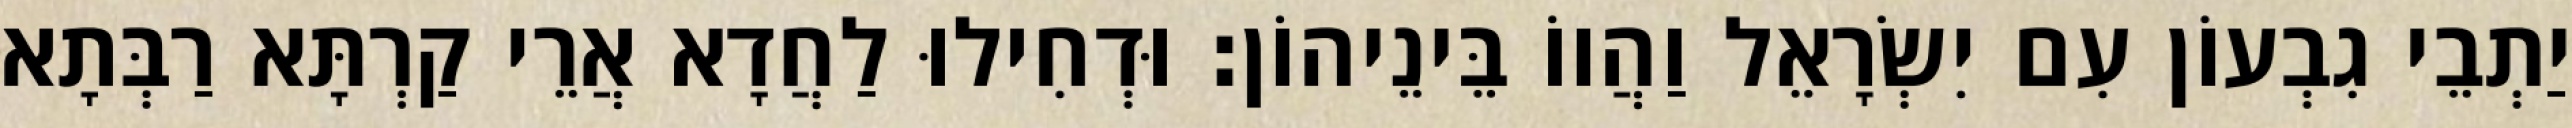
יַתְבֵי גִבְעוֹן עִם יִשְׂרָאֵל וַהֲווֹ בֵּינֵיהוֹן׃ וּדְחִילוּ לַחֲדָא אֲרֵי קַרְתָּא רַבְּתָא